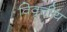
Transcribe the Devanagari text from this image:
विवृत्तीय